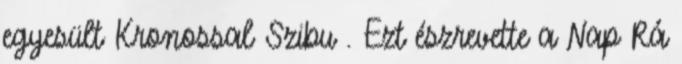
egyesült Kronossal Szibu . Ezt észrevette a Nap Rá